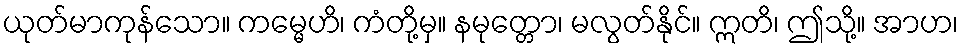
ယုတ်မာကုန်သော။ ကမ္မေဟိ၊ ကံတို့မှ။ နမုတ္တော၊ မလွတ်နိုင်။ ဣတိ၊ ဤသို့။ အာဟ၊